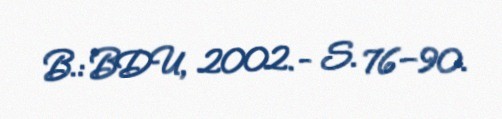
B.: BDU, 2002.- S. 76–90.